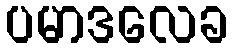
ပမာဒလေခ